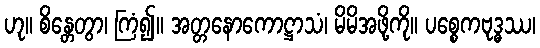
ဟု။ စိန္တေတွာ၊ ကြံ၍။ အတ္တနောကောဋ္ဌာသံ၊ မိမိအဖို့ကို။ ပစ္စေကဗုဒ္ဓဿ၊